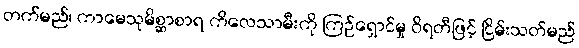
တက်မည်၊ ကာမေသုမိစ္ဆာစာရ ကိလေသာမီးကို ကြဉ်ရှောင်မှု ဝိရတီဖြင့် ငြိမ်းသတ်မည်